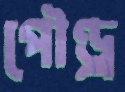
পৌণ্ড্র